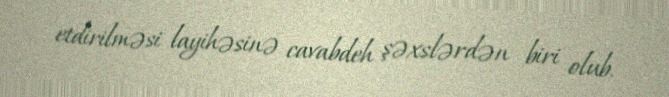
etdirilməsi layihəsinə cavabdeh şəxslərdən biri olub.